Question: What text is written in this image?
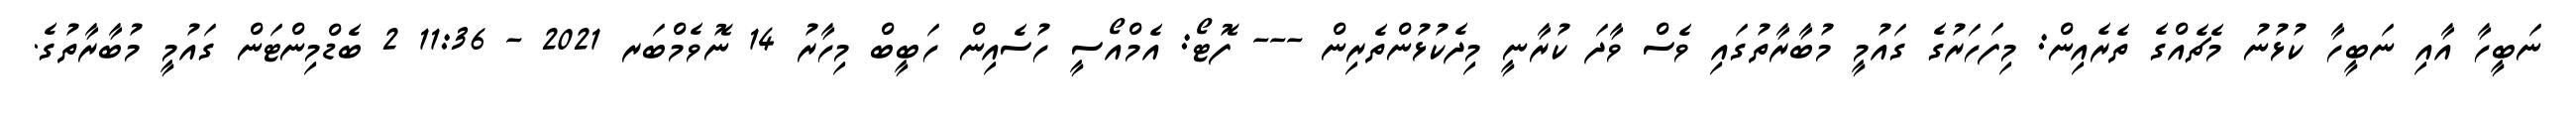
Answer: ނަބީހާ އާއި ނަބީހާ ކުޅުނު މެޗެއްގެ ތެރެއިން: މިފަހަރުގެ ގައުމީ މުބާރާތުގައި ވެސް ވާދަ ކުރާނީ މިދެކުޅުންތެރިން --- ފޮޓޯ: އެމްއޯސީ ހުސެއިން ހަބީބް މިހާރު 14 ނޮވެމްބަރ 2021 - 11:36 2 ބެޑްމިންޓަން ގައުމީ މުބާރާތުގެ.